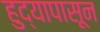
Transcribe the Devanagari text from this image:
हुद्यापासून